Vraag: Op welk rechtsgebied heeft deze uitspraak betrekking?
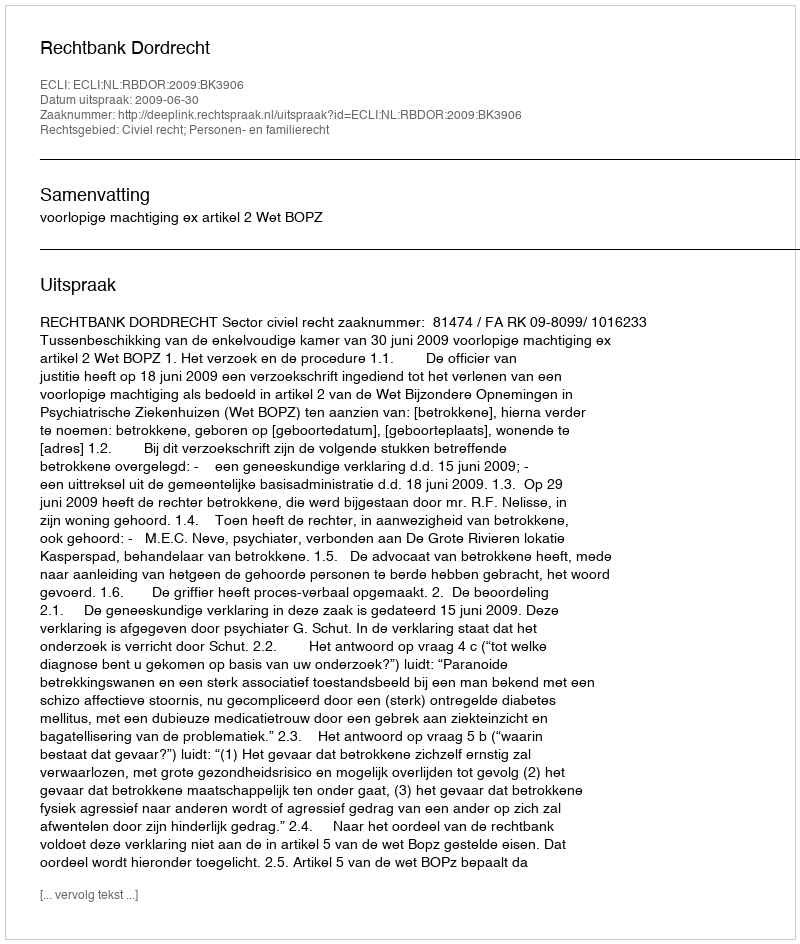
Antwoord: Civiel recht; Personen- en familierecht